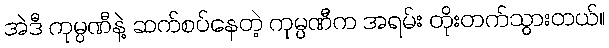
အဲဒီ ကုမ္ပဏီနဲ့ ဆက်စပ်နေတဲ့ ကုမ္ပဏီက အရမ်း တိုးတက်သွားတယ်။